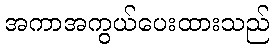
အကာအကွယ်ပေးထားသည်